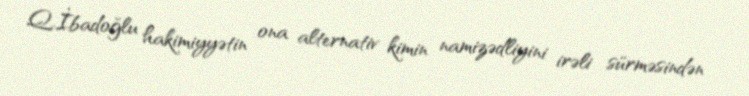
Q.İbadoğlu hakimiyyətin ona alternativ kimin namizədliyini irəli sürməsindən